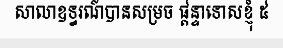
សាលាឧទ្ធរណ៍បានសម្រច ផ្តន្ទាទោសខ្ញុំ ៥